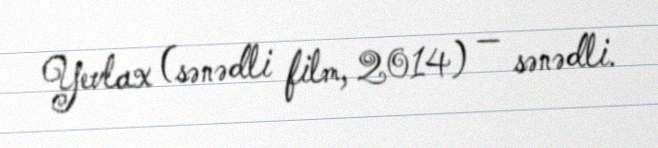
Yevlax (sənədli film, 2014) — sənədli.